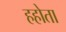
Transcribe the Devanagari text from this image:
हहोता